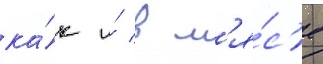
ка́к и́ в м'я́с'е